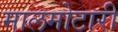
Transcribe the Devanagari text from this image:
मालमोटारी